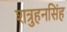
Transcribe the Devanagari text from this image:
शत्रुहनसिंह